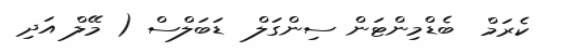
ކެރަމް  ބެޑްމިންޓަން ސިންގަލް  ޑަބަލްސް ( މޭލް އަދި